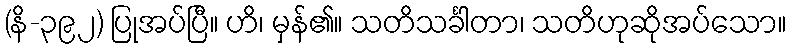
(နိ-၃၉၂) ပြုအပ်ပြီ။ ဟိ၊ မှန်၏။ သတိသင်္ခါတာ၊ သတိဟုဆိုအပ်သော။